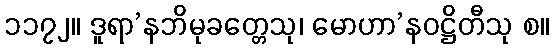
၁၁၇၂။ ဒူရာ’နဘိမုခတ္တေသု၊ မောဟာ’နဝဋ္ဌိတီသု စ။